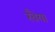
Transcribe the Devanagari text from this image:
खैया